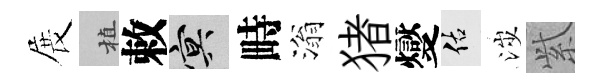
展植敕冥畤滃猪燮佑涉𬗋